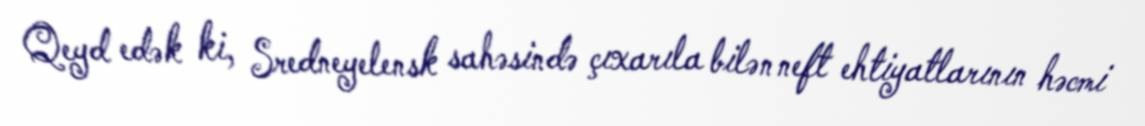
Qeyd edək ki, Sredneyelensk sahəsində çıxarıla bilən neft ehtiyatlarının həcmi